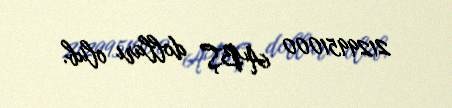
2129951000 ABŞ dolları olub.